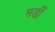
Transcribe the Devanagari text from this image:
मर्डी